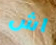
اش